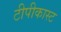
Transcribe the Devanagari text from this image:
टीपीकास्ट